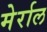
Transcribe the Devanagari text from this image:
मेर्राल